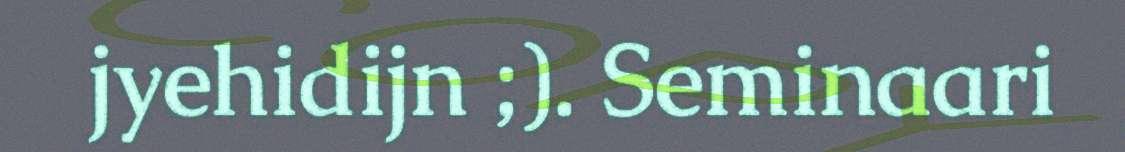
jyehidijn ;). Seminaari